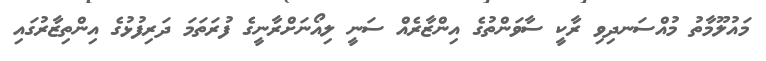
މައުލޫމާތު މުއްސަނދިވި ރާކީ ސާވަންތުގެ އިންޒާރެއް ސަނީ ލިއޯނަށްރާނީގެ ފުރަތަމަ ދަރިފުޅުގެ އިންތިޒާރުގައި